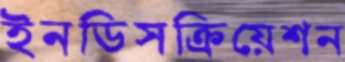
ইনডিসক্রিয়েশন